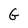
Character: G